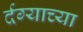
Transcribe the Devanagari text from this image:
र्दग्याच्या